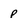
Character: p